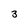
Character: 3